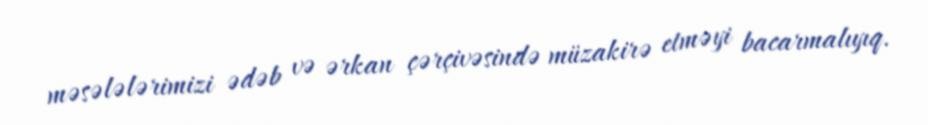
məsələlərimizi ədəb və ərkan çərçivəsində müzakirə etməyi bacarmalıyıq.